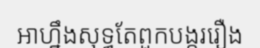
អាហ្នឹងសុទ្ធតែពួកបង្កររឿង